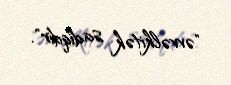
"əvvəlkitək sadiqdir".